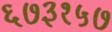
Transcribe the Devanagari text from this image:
६७३१५७